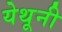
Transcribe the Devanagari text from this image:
येथूनी